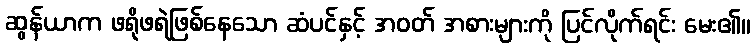
ဆွန်ယာက ဖရိုဖရဲဖြစ်နေသော ဆံပင်နှင့် အဝတ် အစားများကို ပြင်လိုက်ရင်း မေး၏။